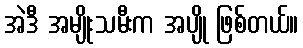
အဲဒီ အမျိုးသမီးက အပျို ဖြစ်တယ်။